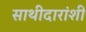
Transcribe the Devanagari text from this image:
साथीदारांशी